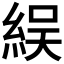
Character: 𬗙